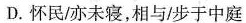
D.怀民/亦未寝，相与/步于中庭